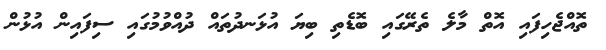
ތޮއްޖެހިފައި އޮތް މާލެ ތެރޭގައި ބޮޑެތި ބިޔަ އުޅަނދުތައް ދުއްވުމުގައި ސިފައިން އުޅުން